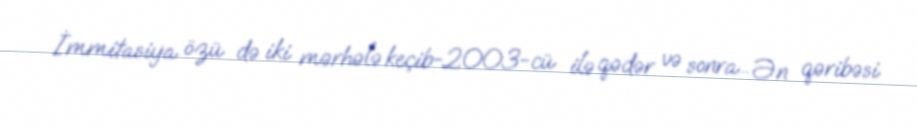
İmmitasiya özü də iki mərhələ keçib-2003-cü ilə qədər və sonra... Ən qəribəsi